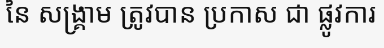
នៃ សង្គ្រាម ត្រូវបាន ប្រកាស ជា ផ្លូវការ